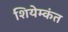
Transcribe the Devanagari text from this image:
शियेम्कंत